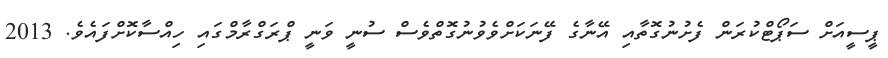
ޕީސީއަށް ސަޕޯޓްކުރަން ފެށުނުގޮތާއި އޭނާގެ ފޭނަކަށްވެވުނުގޮތްވެސް ސުނީ ވަނީ ޕްރަގްރާމްގައި ހިއްސާކޮށްފައެވެ. 2013